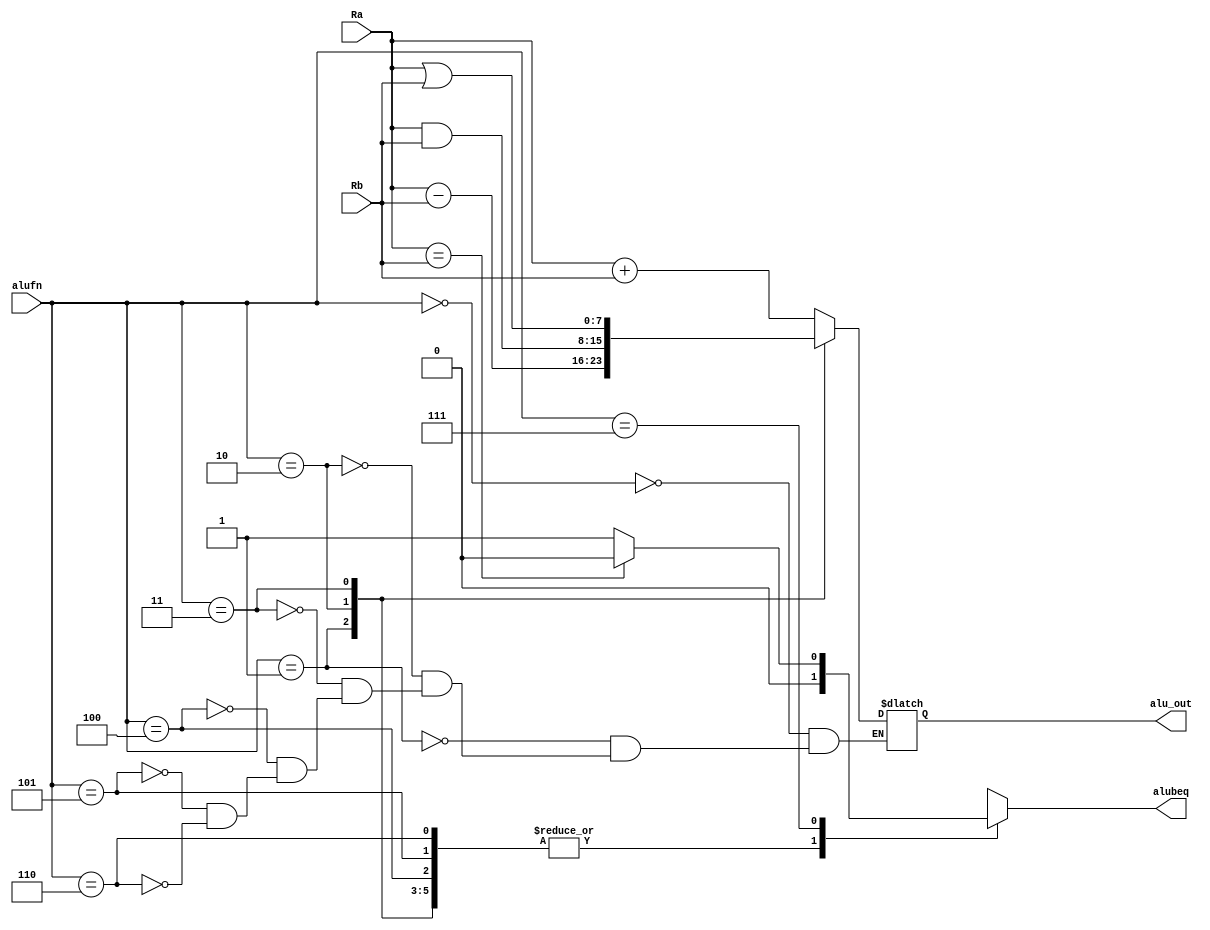
module alu ( Ra, Rb, alufn, alubeq, alu_out);
    input  [7:0] Ra;
    input  [7:0] Rb;
    input  [2:0] alufn;
    output reg  alubeq;
    output reg [7:0] alu_out;
    
always @(*) begin
    case (alufn)
        3'b000: begin
          alu_out <= Ra + Rb; alubeq <= 0;
          end
        3'b001: begin
          alu_out <= Ra - Rb; alubeq <= 0;
          end
        3'b010: begin
            alu_out <= Ra & Rb ; alubeq <= 0;
            end
        3'b011: begin
            alu_out <= Ra | Rb;alubeq <= 0;
            end
        3'b100: begin
            alu_out <= Ra + Rb; alubeq <= 0; //addi It will be addition
            end
        3'b101: begin
            alu_out <= Ra + Rb; alubeq <= 0; //lw It will be addition (Address Calculation)
            end
        3'b110: begin
            alu_out <= Ra + Rb; alubeq <= 0; //sw It will be addition (Address Calculation)
            end
        3'b111: begin
           if (Ra==Rb) begin
            alubeq <= 0;
           end
           else begin
            alubeq <= 1;
           end
            
        end
        default: ;
    endcase
    
end
    
endmodule